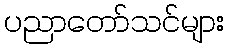
ပညာတော်သင်များ